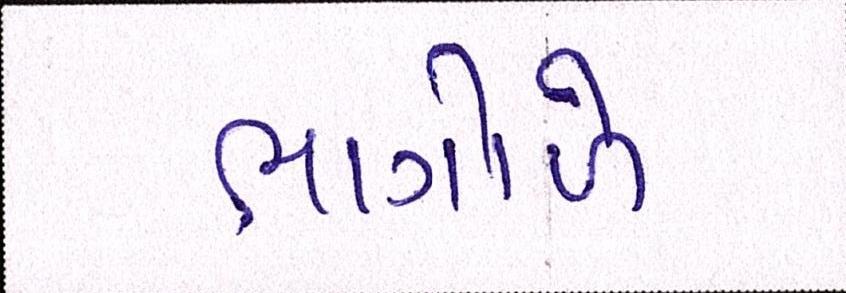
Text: ભાગોળે